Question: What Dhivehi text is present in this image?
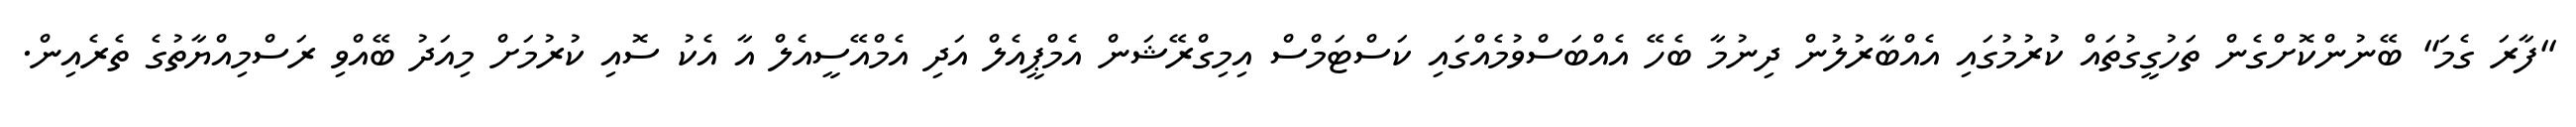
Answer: "ފާރަ ގެމަ" ބޭނުންކޮށްގެން ތަހުގީގުތައް ކުރުމުގައި އެއްބާރުލުން ދިނުމާ ބެހޭ އެއްބަސްވުމެއްގައި ކަސްޓަމްސް އިމިގްރޭޝަން އެމްޕީއެލް އަދި އެމްއޭސީއެލް އާ އެކު ސޮއި ކުރުމަށް މިއަދު ބޭއްވި ރަސްމިއްޔާތުގެ ތެރެއިން.